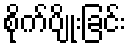
စိုက်ပျိုးခြင်း